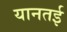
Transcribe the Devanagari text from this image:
यानतई